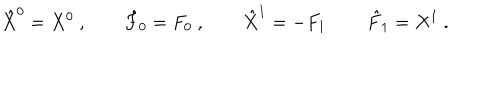
LaTeX: \hat { X } ^ { 0 } = X ^ { 0 } \ , \qquad \hat { F } _ { 0 } = F _ { 0 } \ , \qquad \hat { X } ^ { 1 } = - F _ { 1 } \, \qquad \hat { F } _ { 1 } = X ^ { 1 } \ .